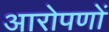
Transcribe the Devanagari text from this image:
आरोपणों